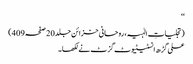
‘‘
(تجلیاتِ الٰہیہ، روحانی خزائن جلد20 صفحہ409)
علی گڑھ انسٹیٹیوٹ گزٹ نے لکھا۔